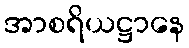
အာစရိယဋ္ဌာနေ